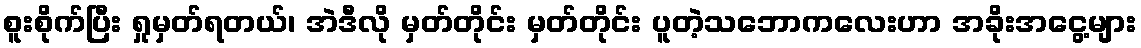
စူးစိုက်ပြီး ရှုမှတ်ရတယ်၊ အဲဒီလို မှတ်တိုင်း မှတ်တိုင်း ပူတဲ့သဘောကလေးဟာ အခိုးအငွေ့များ